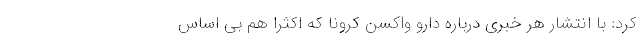
کرد: با انتشار هر خبری درباره دارو واکسن کرونا که اکثرا هم بی اساس